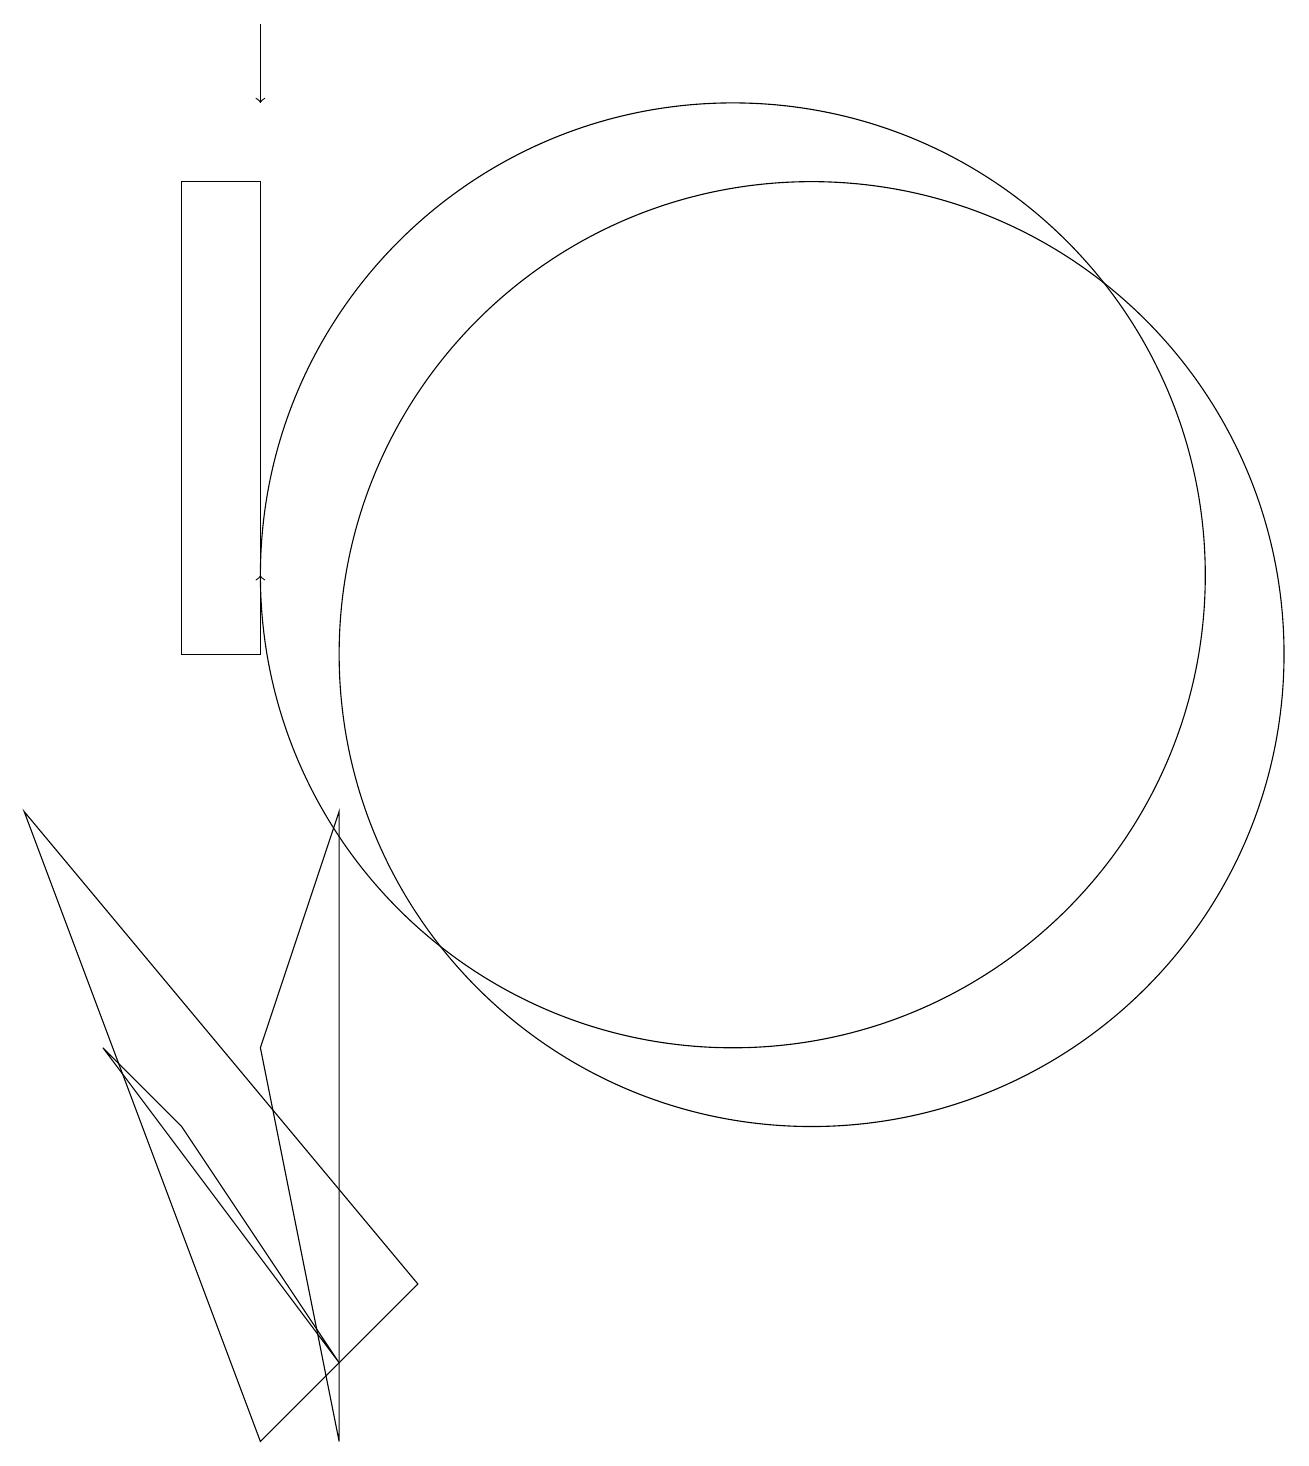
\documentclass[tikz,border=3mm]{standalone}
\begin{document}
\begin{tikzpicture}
\draw (11,11) circle (6);
\draw[->] (5,10) -- (5,11);
\draw[->] (5,18) -- (5,17);
\draw (5,10) rectangle (4,16);
\draw (2,8) -- (5,0) -- (7,2) -- cycle;
\draw (12,10) circle (6);
\draw (4,4) -- (6,1) -- (3,5) -- cycle;
\draw (5,5) -- (6,0) -- (6,8) -- cycle;
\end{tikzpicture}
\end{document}